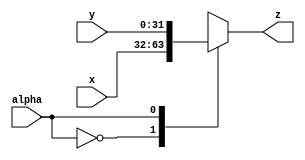
module commutatore_2vie_nbit(z, x, y, alpha);

	parameter N = 32;

	output reg [N-1:0]z;
	input [N-1:0]x;
	input [N-1:0]y;
	input alpha;

	always @(alpha or x or y) 
	begin
		case (alpha)
			1'b0 : z <= #2 x;
			1'b1 : z <= #2 y; 
		endcase
	end

endmodule